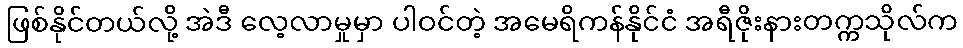
ဖြစ်နိုင်တယ်လို့ အဲဒီ လေ့လာမှုမှာ ပါဝင်တဲ့ အမေရိကန်နိုင်ငံ အရီဇိုးနားတက္ကသိုလ်က